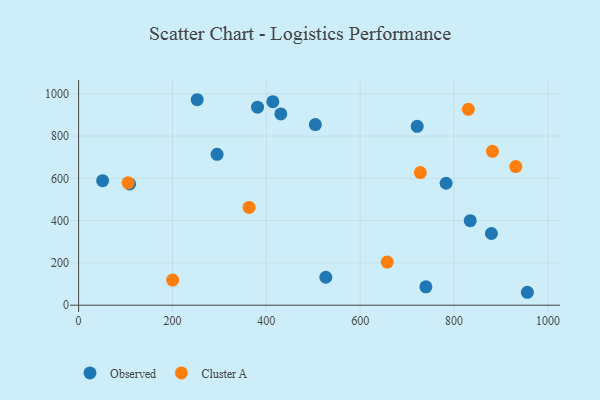
{"axis": {"x": "Experience", "y": "Fuel Efficiency"}, "legend": ["Cluster A", "Observed"], "data": [{"x": "430.9", "y": 904.9, "type": "Observed"}, {"x": "956.3", "y": 61.1, "type": "Observed"}, {"x": "721.5", "y": 846.2, "type": "Observed"}, {"x": "381.3", "y": 936.6, "type": "Observed"}, {"x": "413.9", "y": 962.7, "type": "Observed"}, {"x": "51.2", "y": 589.2, "type": "Observed"}, {"x": "879.7", "y": 339.2, "type": "Observed"}, {"x": "252.7", "y": 971.9, "type": "Observed"}, {"x": "526.8", "y": 132.1, "type": "Observed"}, {"x": "834.5", "y": 399.7, "type": "Observed"}, {"x": "108.7", "y": 573.8, "type": "Observed"}, {"x": "295.1", "y": 713.7, "type": "Observed"}, {"x": "783.1", "y": 576.8, "type": "Observed"}, {"x": "504.5", "y": 854.4, "type": "Observed"}, {"x": "740.0", "y": 86.8, "type": "Observed"}, {"x": "830.5", "y": 926.3, "type": "Cluster A"}, {"x": "728.2", "y": 627.5, "type": "Cluster A"}, {"x": "200.4", "y": 118.7, "type": "Cluster A"}, {"x": "657.7", "y": 204.0, "type": "Cluster A"}, {"x": "105.4", "y": 578.9, "type": "Cluster A"}, {"x": "931.6", "y": 655.8, "type": "Cluster A"}, {"x": "881.9", "y": 727.8, "type": "Cluster A"}, {"x": "363.3", "y": 462.4, "type": "Cluster A"}]}